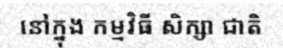
នៅក្នុង កម្មវិធី សិក្សា ជាតិ